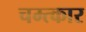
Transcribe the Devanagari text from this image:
चम्त्कार